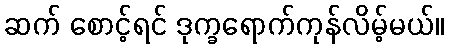
ဆက် စောင့်ရင် ဒုက္ခရောက်ကုန်လိမ့်မယ်။